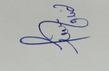
Signature authenticity: genuine